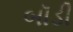
બૉડી